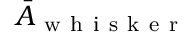
\bar { A } _ { \mathrm { ~ w ~ h ~ i ~ s ~ k ~ e ~ r ~ } }